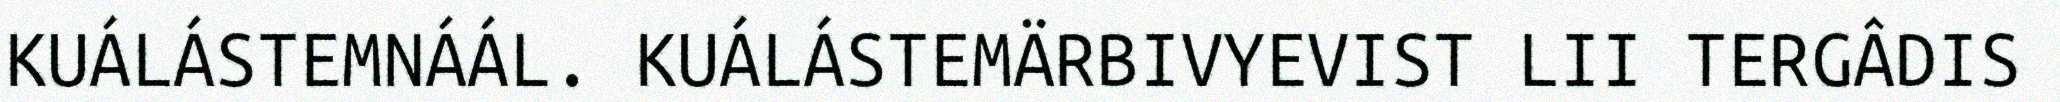
KUÁLÁSTEMNÁÁL. KUÁLÁSTEMÄRBIVYEVIST LII TERGÂDIS